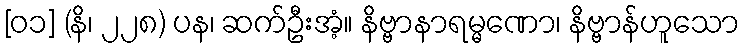
[၀၁] (နိ၊ ၂၂၈) ပန၊ ဆက်ဦးအံ့။ နိဗ္ဗာနာရမ္မဏော၊ နိဗ္ဗာန်ဟူသော